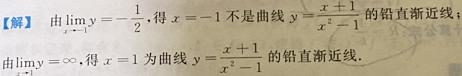
【解】由$\lim\limits_{x \to -1}y = -\frac{1}{2}$, 得$x = -1$不是曲线$y = \frac{x + 1}{x^{2}-1}$的铅直渐近线.
由$\lim\limits_{x \to 1}y = \infty$, 得$x = 1$为曲线$y = \frac{x + 1}{x^{2}-1}$的铅直渐近线.